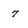
Character: 7